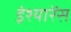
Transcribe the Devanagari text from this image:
इंश्यारेंस